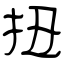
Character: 扭